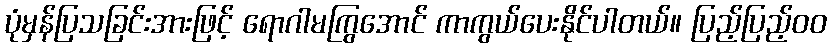
ပုံမှန်ပြသခြင်းအားဖြင့် ရောဂါမကြွအောင် ကာကွယ်ပေးနိုင်ပါတယ်။ ပြည့်ပြည့်ဝဝ